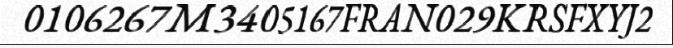
0106267M3405167FRAN029KRSFXYJ2